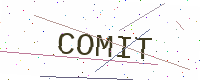
Text: COMIT